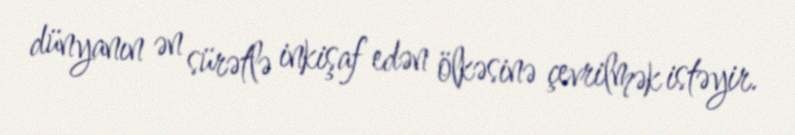
dünyanın ən sürətlə inkişaf edən ölkəsinə çevrilmək istəyir.